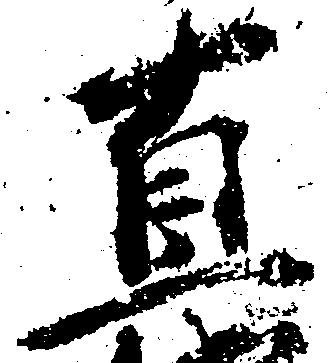
直